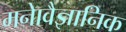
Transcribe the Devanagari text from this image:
मनाेवैज्ञानिक